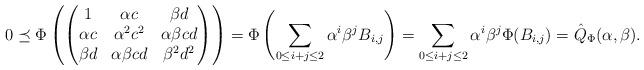
LaTeX: \begin{align*}0\preceq\Phi\left(\begin{pmatrix}1&\alpha c & \beta d\\ \alpha c & \alpha^2c^2& \alpha \beta c d \\ \beta d & \alpha \beta c d & \beta^2d^2\end{pmatrix}\right)=\Phi\left(\sum_{0\leq i+j\le 2}\alpha^i\beta^jB_{i,j}\right)=\sum_{0\leq i+j\le 2}\alpha^i\beta^j\Phi(B_{i,j})=\hat{Q}_{\Phi}(\alpha,\beta).\end{align*}